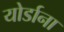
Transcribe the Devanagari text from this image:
योर्डाना